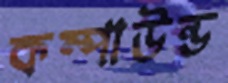
কম্পাউন্ড